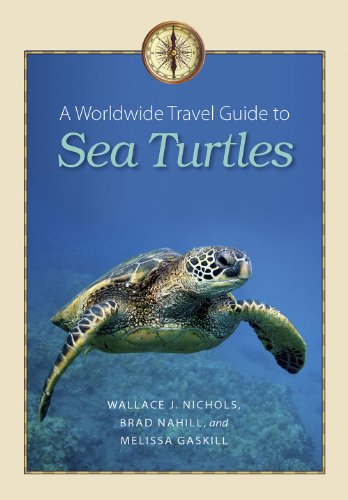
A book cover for A Worldwide Travel Guide to Sea Turtles (Marine, Maritime, and Coastal Books, sponsored by Texas A&M University at Galves); Wallace J. Nichols; Science & Math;